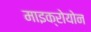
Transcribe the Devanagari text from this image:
माइक्रोयोन